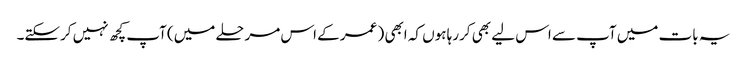
یہ بات میں آپ سے اس لیے بھی کررہا ہوں کہ ابھی ( عمر کے اس مرحلے میں) آپ کچھ نہیں کرسکتے۔